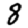
Digit: 8